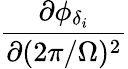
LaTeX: \frac{\partial\phi_{\delta_{i}}}{\partial(2\pi/\Omega)^{2}}